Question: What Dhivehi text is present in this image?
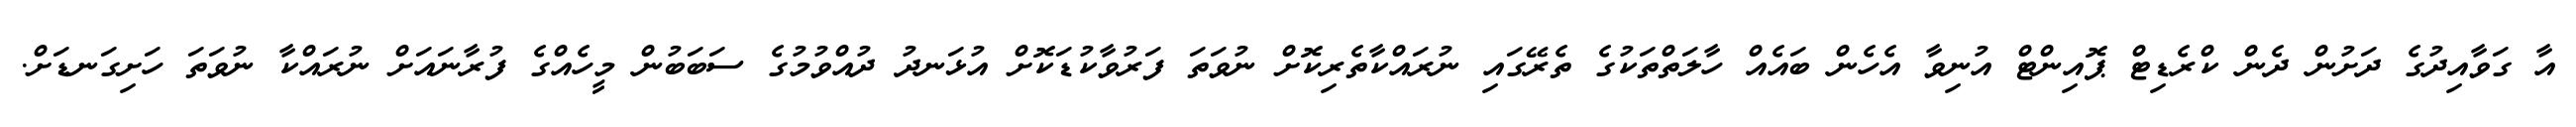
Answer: އާ ގަވާއިދުގެ ދަށުން ދެން ކްރެޑިޓް ޕޮއިންޓް އުނިވާ އެހެން ބައެއް ހާލަތްތަކުގެ ތެރޭގައި ނުރައްކާތެރިކޮށް ނުވަތަ ފަރުވާކުޑަކޮށް އުޅަނދު ދުއްވުމުގެ ސަބަބުން މީހެއްގެ ފުރާނައަށް ނުރައްކާ ނުވަތަ ހަށިގަނޑަށް.